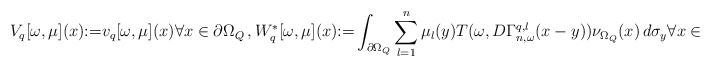
\begin{align*}&V_q[\omega, \mu](x){:=} v_q[\omega, \mu](x) \forall x \in \partial \Omega_Q\,, W_{q}^\ast[\omega, \mu](x){:=} \int_{\partial {\Omega_Q}}\sum_{l=1}^n \mu_{l}(y)T(\omega,D\Gamma_{n,\omega}^{q,l}(x-y))\nu_{{\Omega_Q}}(x)\,d\sigma_y \forall x \in \partial {\Omega_Q}\,.\end{align*}